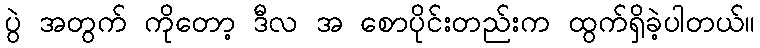
ပွဲ အတွက် ကိုတော့ ဒီလ အ စောပိုင်းတည်းက ထွက်ရှိခဲ့ပါတယ်။